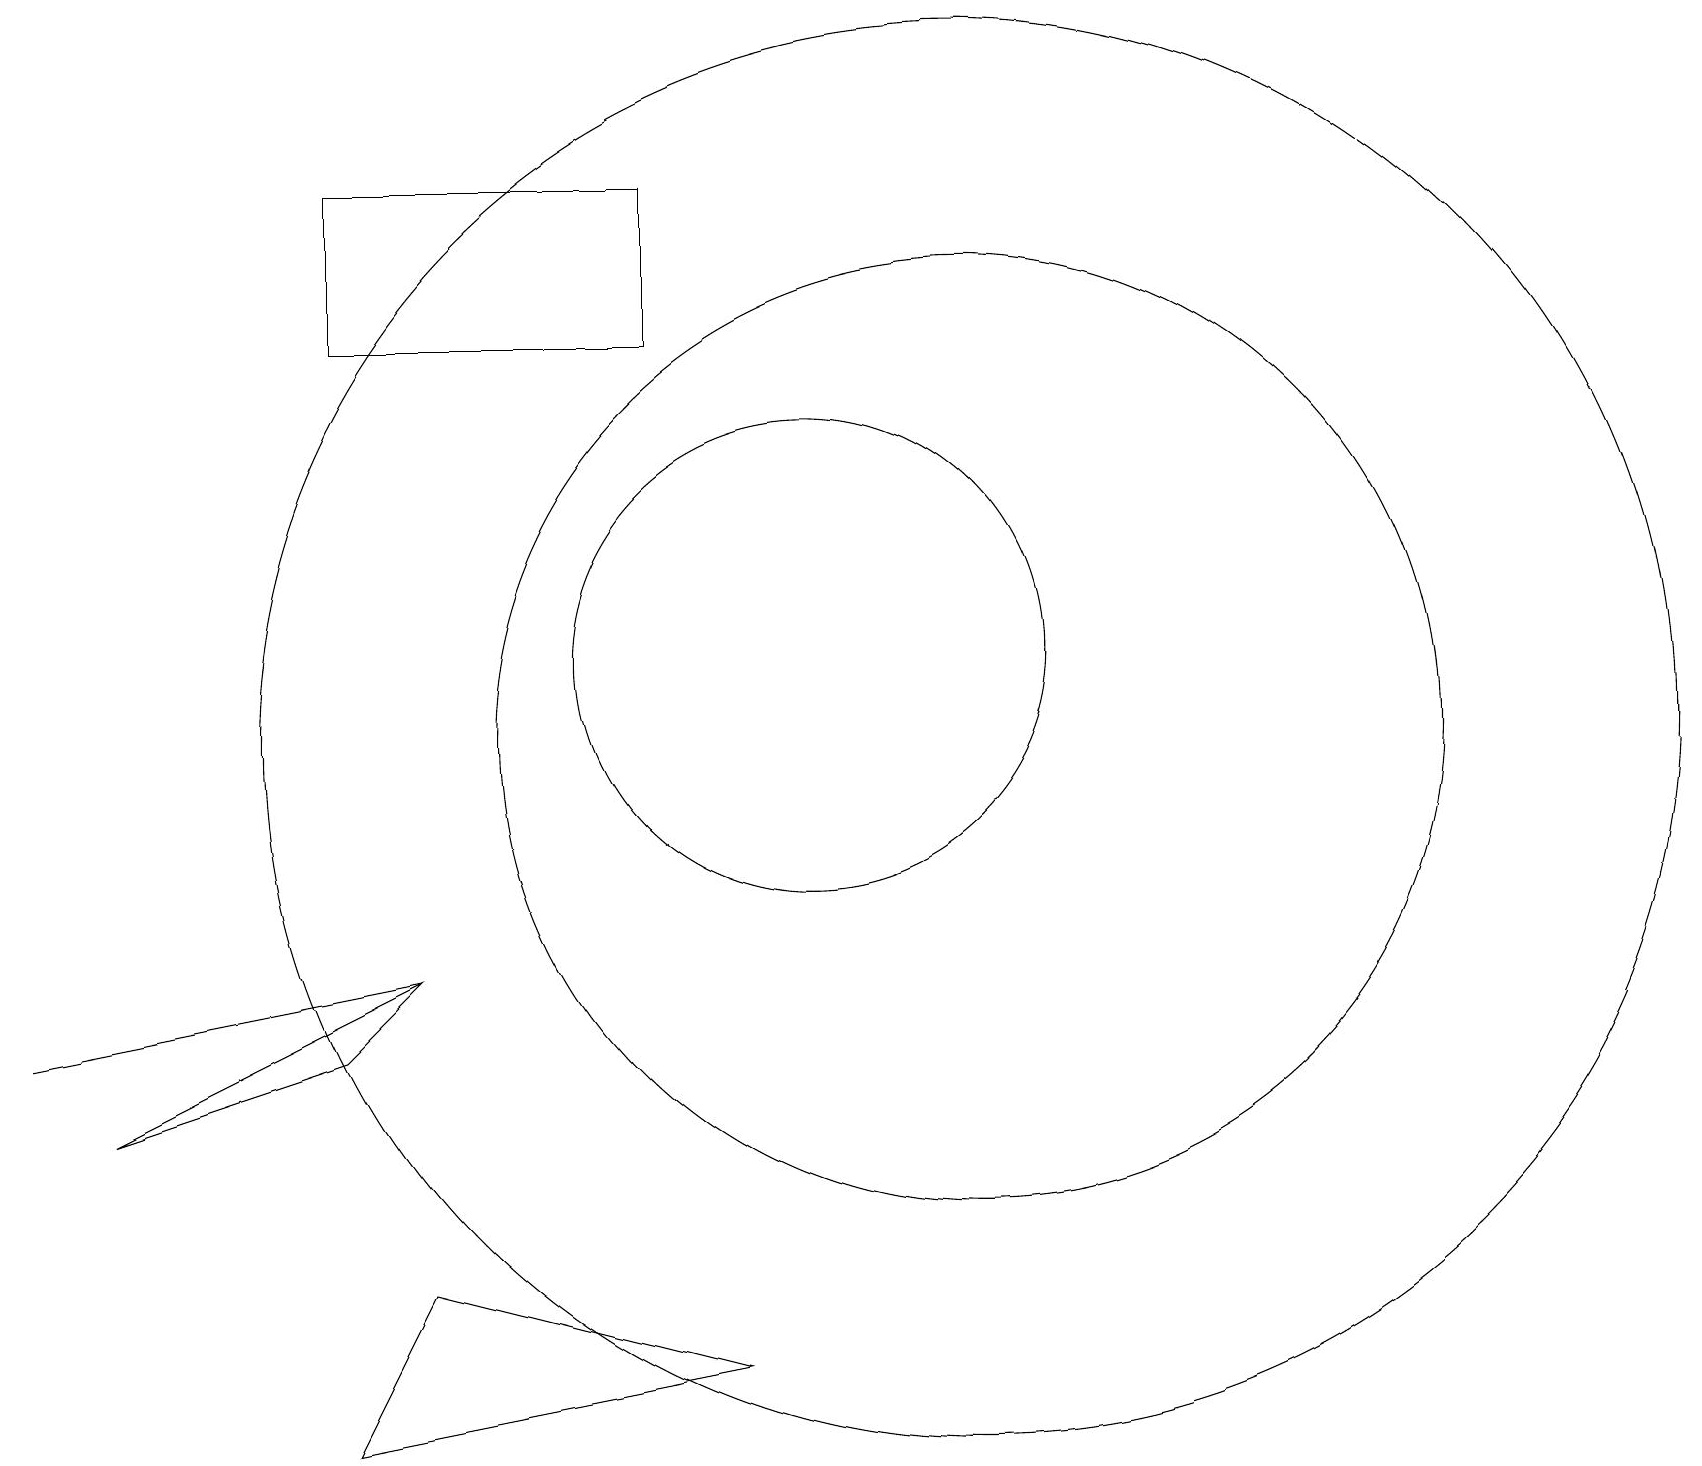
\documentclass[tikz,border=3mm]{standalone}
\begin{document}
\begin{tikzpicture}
\draw (0,6) -- (5,7) -- (0,6) -- cycle;
\draw (12,10) circle (6);
\draw (10,11) circle (3);
\draw (5,3) -- (9,2) -- (4,1) -- cycle;
\draw (4,15) rectangle (8,17);
\draw (11,10) circle (0);
\draw (12,10) circle (9);
\draw (5,7) -- (1,5) -- (4,6) -- cycle;
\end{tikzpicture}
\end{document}